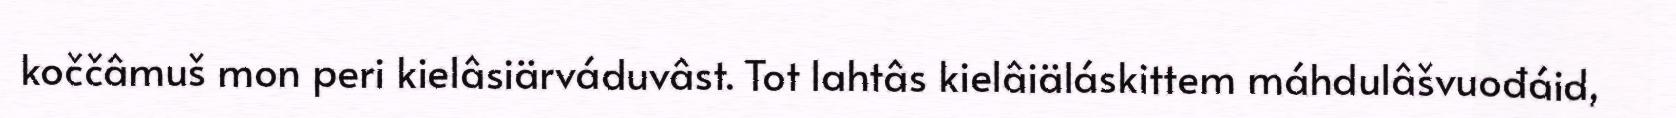
koččâmuš mon peri kielâsiärváduvâst. Tot lahtâs kielâiäláskittem máhdulâšvuođáid,